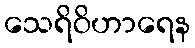
သေရိဝိဟာရေန